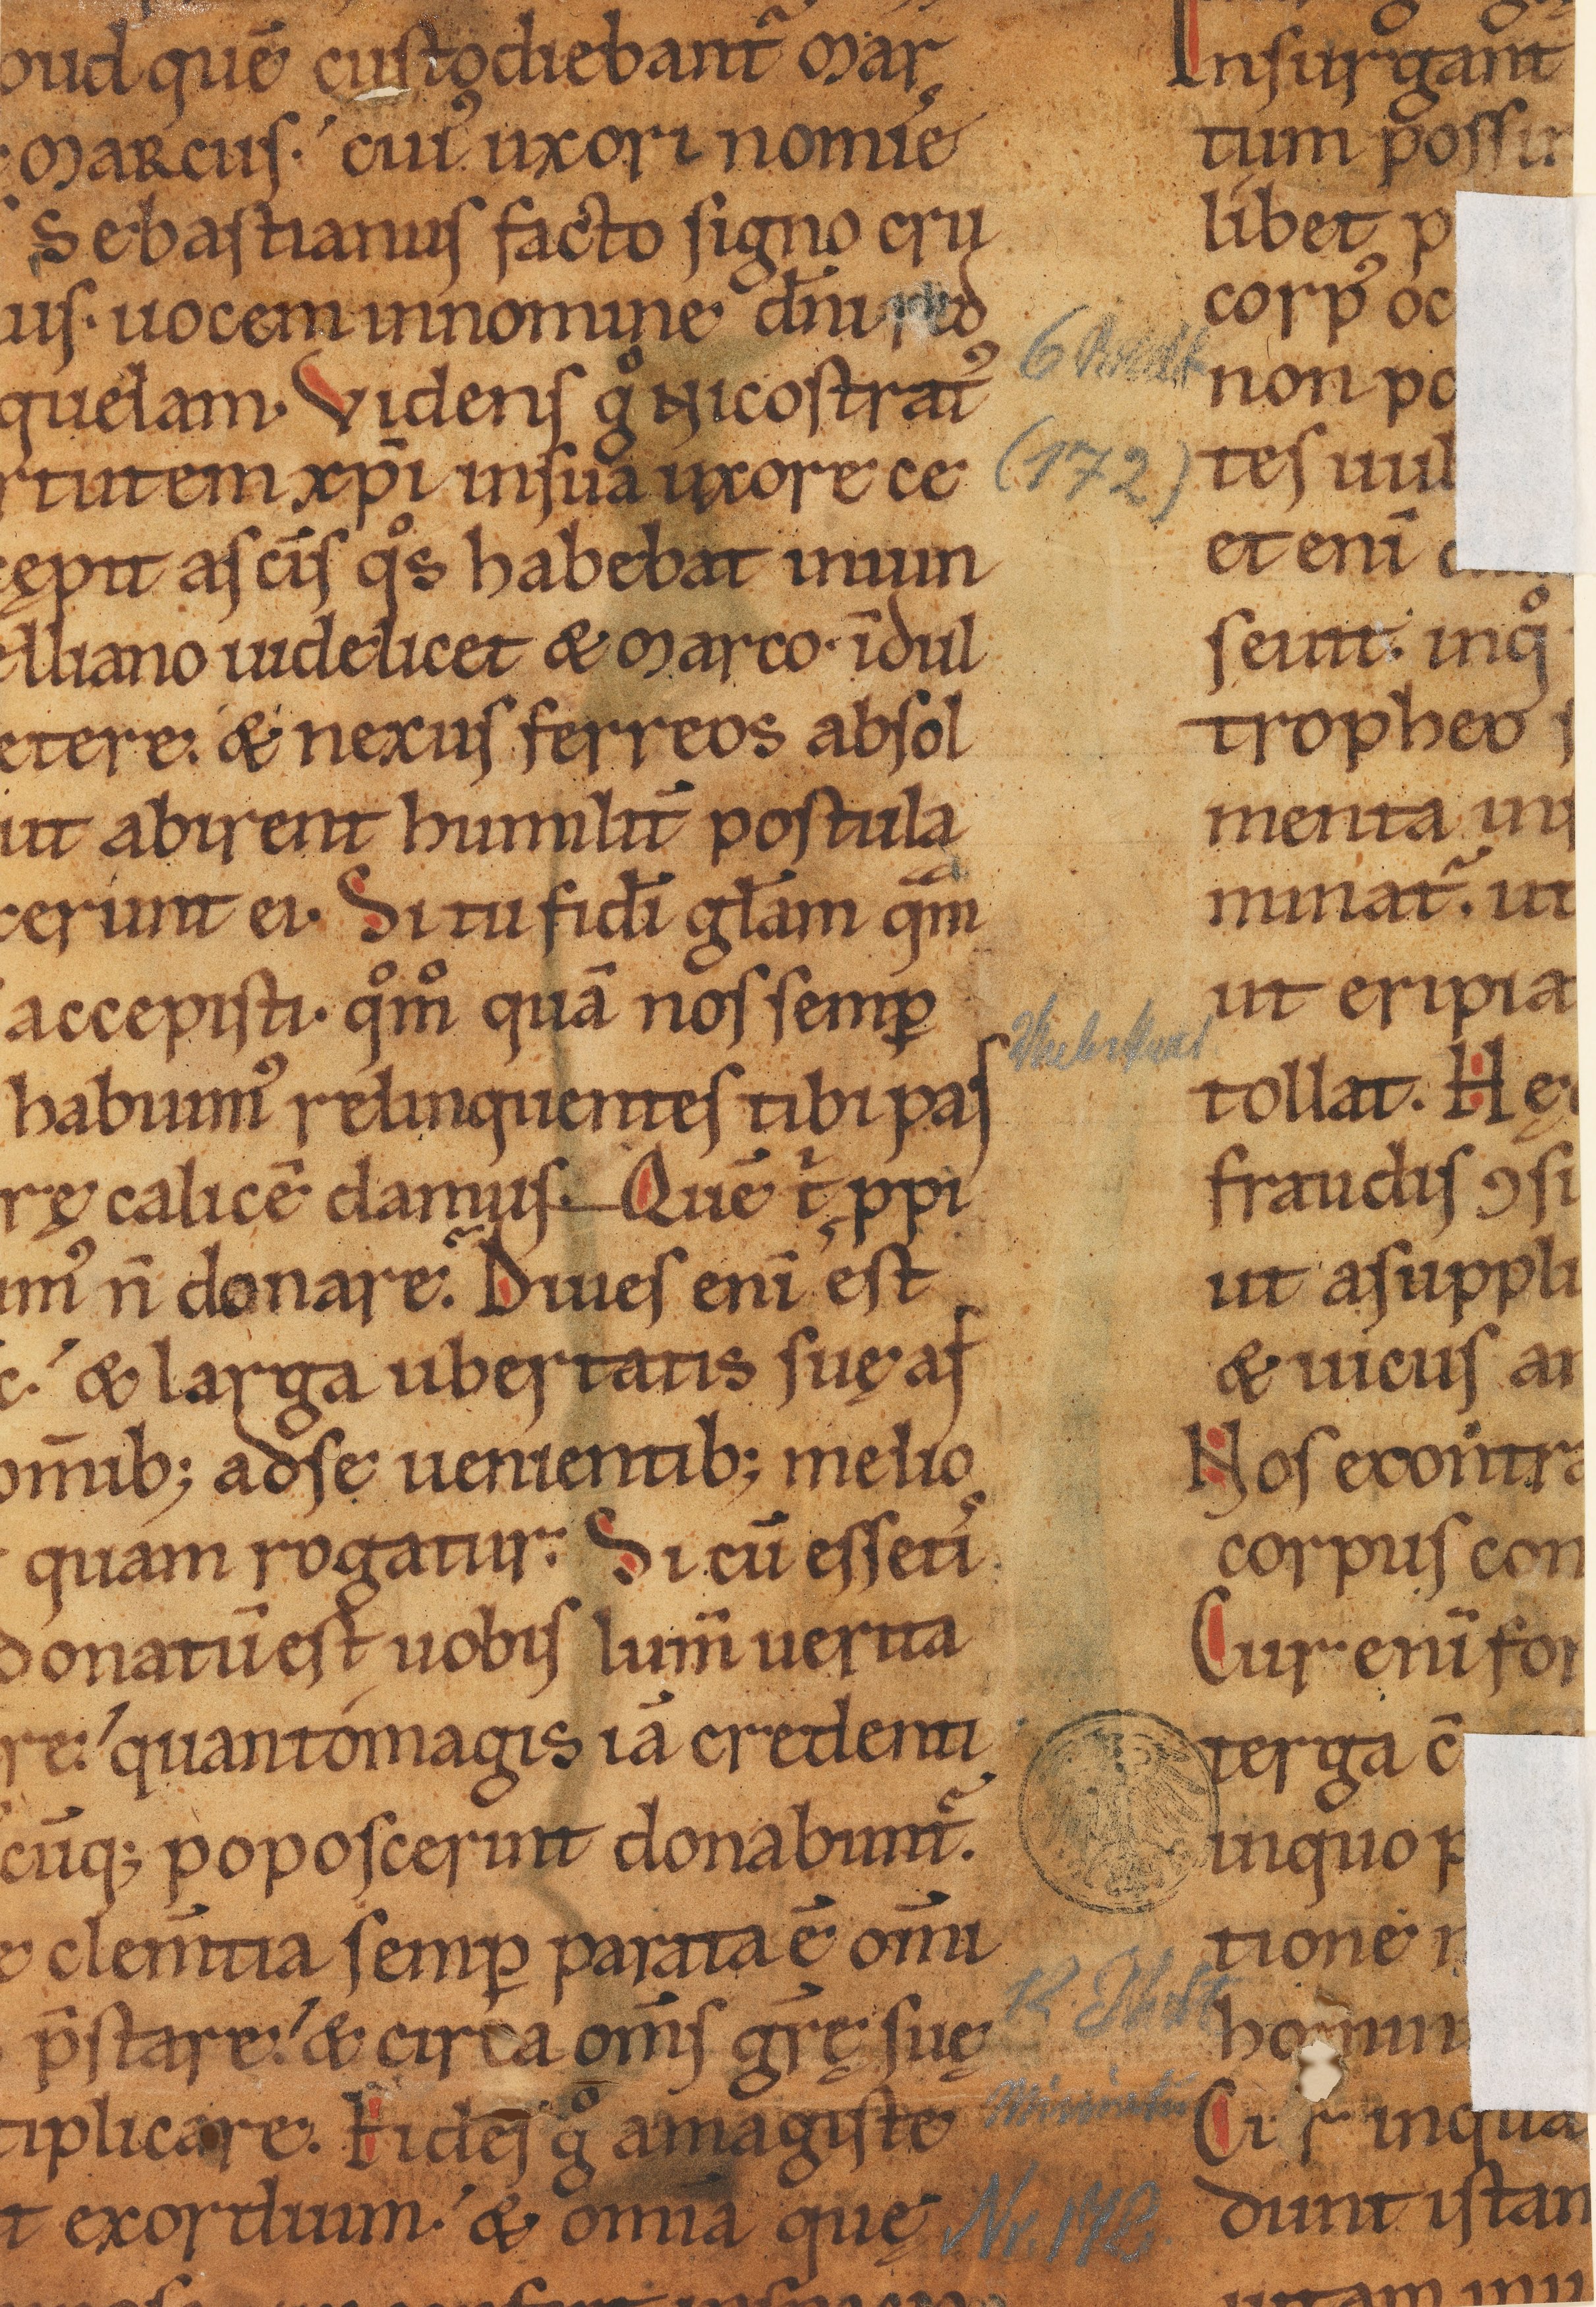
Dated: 1140–1170